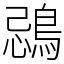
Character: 鵋